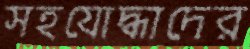
সহযোদ্ধাদের